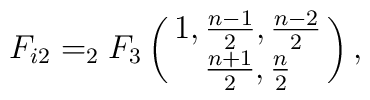
F_{i2}=_{2}F_{3}\pmatrix{ 1,\frac{n-1}{2},\frac{n-2}{2}\cr\frac{n+1}{2}, \frac{n}{2}\cr},